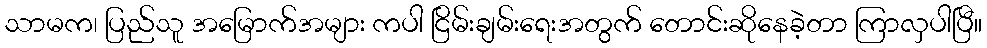
သာမက၊ ပြည်သူ အမြောက်အများ ကပါ ငြိမ်းချမ်းရေးအတွက် တောင်းဆိုနေခဲ့တာ ကြာလှပါပြီ။